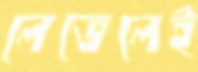
লেভেলেই